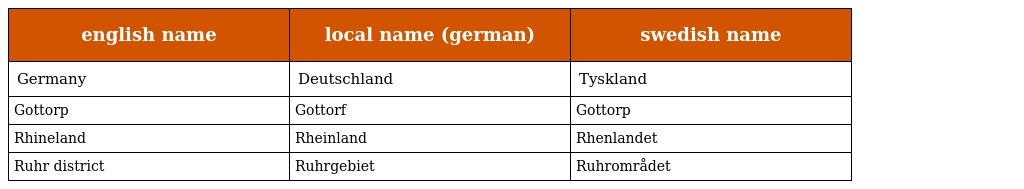
| english name | local name (german) | swedish name |
 | --- | --- | --- |
 | Germany | Deutschland | Tyskland |
 | Gottorp | Gottorf | Gottorp |
 | Rhineland | Rheinland | Rhenlandet |
 | Ruhr district | Ruhrgebiet | Ruhrområdet |